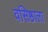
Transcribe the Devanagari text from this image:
वसिष्ठाला